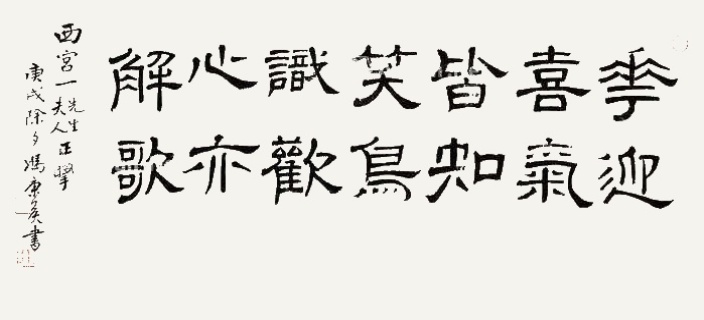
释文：花迎喜气皆知笑，鸟识欢心亦解歌。西宫一先生夫人正腕，庚戌除夕冯康侯书。